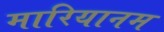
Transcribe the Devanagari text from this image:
मारियानम